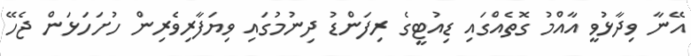
އޭނާ ވިދާޅުވީ އާއްމު ގޮތެއްގައި ޑިއުޓީގެ ރިފަންޑު ދިނުމުގައި ވިޔަފާރިވެރިން ހުށަހަޅަން ޖެހޭ